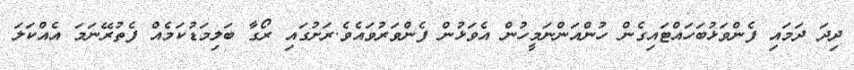
ދިދަ ދަމައި ފެންވަޅުބަހައްޓައިގެން ހުންއަންނަމީހުން އެވަޅުން ފެންވަރުވައެވެ.ރަށުގައި ރޯގާ ބަލިމަޑުކަމެއް ފެތުރޭނަމަ އެއްކަލަ